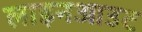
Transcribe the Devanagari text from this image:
लाइनआउट